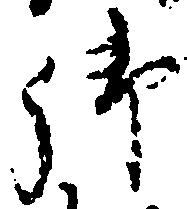
御